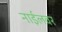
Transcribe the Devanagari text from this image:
नाईलवर